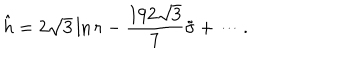
\hat { h } = 2 \sqrt { 3 } \ln r - \frac { 1 9 2 \sqrt { 3 } } { 7 } \tilde { \sigma } + \cdots .